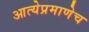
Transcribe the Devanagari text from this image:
आत्येप्रमाणेच